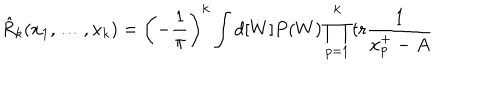
\hat { R } _ { k } ( x _ { 1 } , \ldots , x _ { k } ) = \left( - \frac { 1 } { \pi } \right) ^ { k } \int d [ W ] P ( W ) \prod _ { p = 1 } ^ { k } \mathrm { t r } \frac { 1 } { x _ { p } ^ { + } - A }